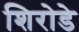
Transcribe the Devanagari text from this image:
शिरोडे